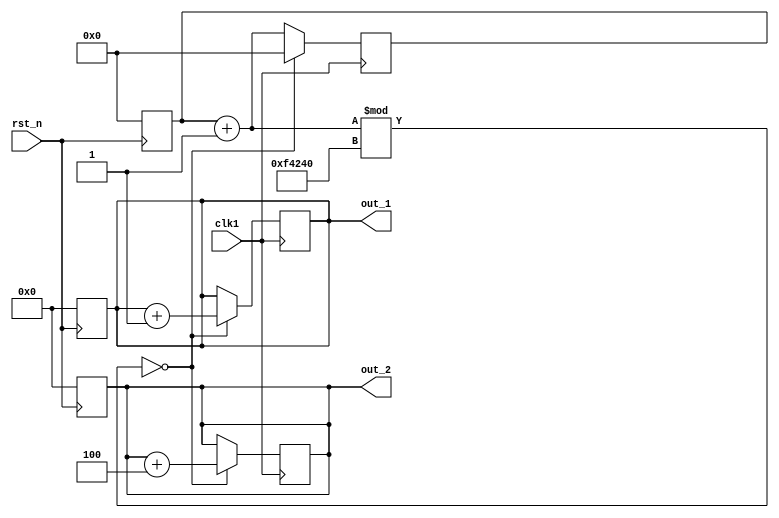
`timescale 1ns / 1ps
//////////////////////////////////////////////////////////////////////////////////
// Company: 
// Engineer: 
// 
// Design Name: 
// Module Name: module3
// Project Name: 
// Target Devices: 
// Tool Versions: 
// Description: 
// 
// Dependencies: 
// 
// Revision:
// Revision 0.01 - File Created
// Additional Comments:
// 
//////////////////////////////////////////////////////////////////////////////////


module module3(
            input clk1,
            output reg[7:0] out_1,
            output reg[7:0] out_2,
            input rst_n
        );
        
        reg[128:0] counter;
        reg[128:0] clk;
        always @(negedge rst_n) begin
            out_1 = 0;
            out_2 = 0;  
            counter =0;      
        end
        
        
        always @(posedge clk1) begin
                counter = counter+1;
            if(counter%1000000 == 0)begin
                    counter = 0;
                    out_2 = out_2 +4;
                    out_1 <= out_1+1;
            end
        end
       
        
endmodule